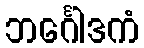
ဘင်္ဂေါဒကံ